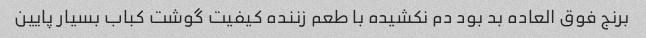
برنج فوق العاده بد بود دم نکشیده با طعم زننده کیفیت گوشت کباب بسیار پایین